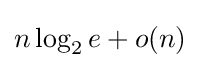
n\log _{2}e+o(n)